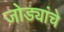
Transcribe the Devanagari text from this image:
जोड्यांचे